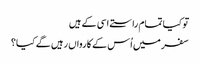
تو کیا تمام راستے اسی کے ہیں
سفر میں اُس کے کارواں رہیں گے کیا؟